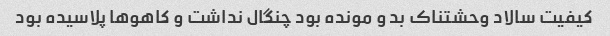
کیفیت سالاد وحشتناک بد و مونده بود چنگال نداشت و کاهو‌ها پلاسیده بود